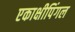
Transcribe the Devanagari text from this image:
एकाक्षीपिंगल